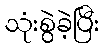
သုံးစွဲခဲ့ပြီး